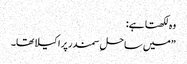
وہ لکھتا ہے:
”میں ساحلِ سمندر پر اکیلا تھا۔